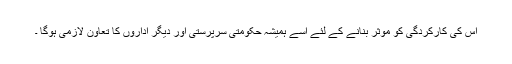
اس کی کارکردگی کو موثر بنانے کے لئے اسے ہمیشہ حکومتی سرپرستی اور دیگر اداروں کا تعاون لازمی ہوگا ۔